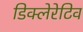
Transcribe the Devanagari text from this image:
डिक्लेरेटिव